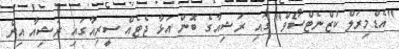
"އެޑްމިރަލް ކުޒްނެޓްސޯވް" ގައި ރަޝިއާގެ ބޮން އަޅާ ޖެޓެއް ސީރިއާގައި ރަޝިއާ އިން